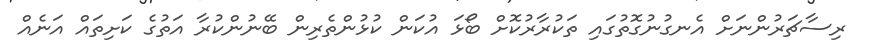
ރިސާޗަރުންނަށް އެނގުނުގޮތުގައި ތަކުރާރުކޮށް ބޯޅަ އުކަން ކުޅުންތެރިން ބޭނުންކުރާ އަތުގެ ކަށިތައް އަނެއް